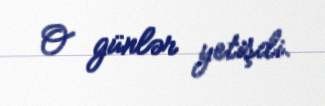
O günlər yetişdi.